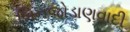
બિનજોડાણવાદી